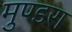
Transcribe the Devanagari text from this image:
मुण्डरा